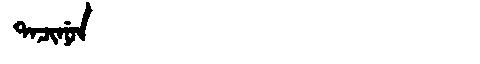
Manchu: ᡨᠠᠴᡳᠨᡠᠨ
Romanization: TACINUN